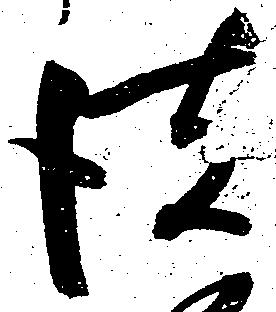
彼